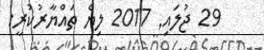
29 ޖުލައި